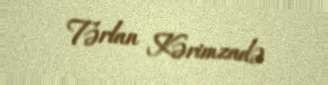
Tərlan Kərimzadə